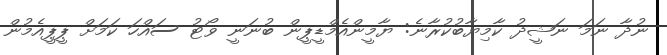
ނުދާ ނަމަ ނަޝީދު ކާމިޔާބުކުރާނެ: ޔާމީންއެމްޑީޕީން ބުނަނީ ވޯޓު ސައްހަ ކަމަށް ޕީޕީއެމުން